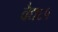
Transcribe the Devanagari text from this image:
वैद्य६५